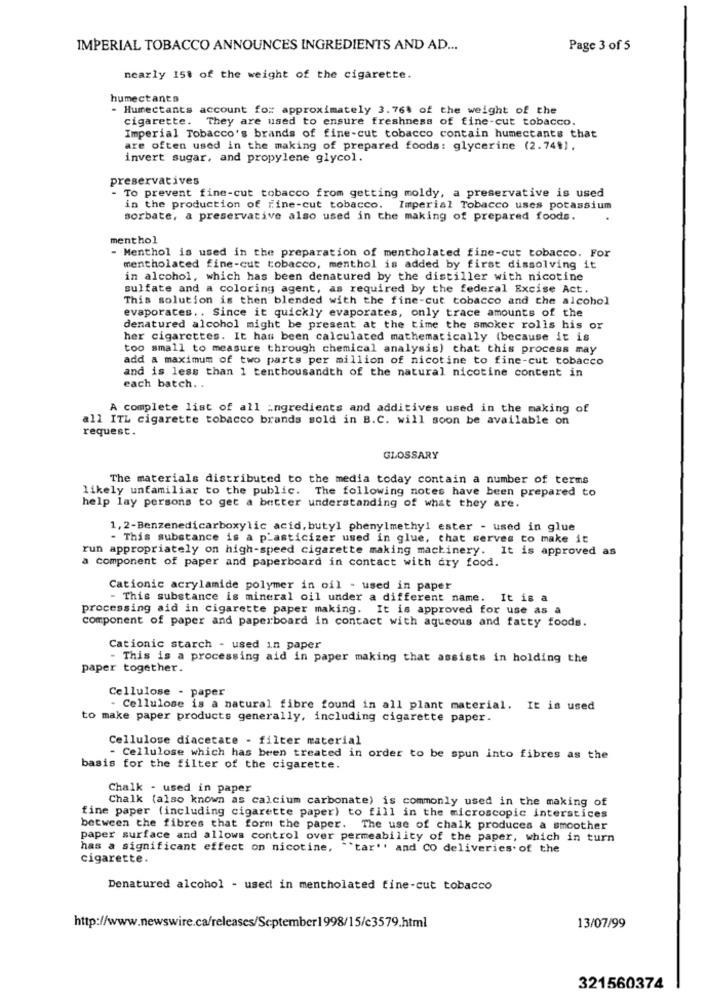
IMPERIAL TOBACCO ANNOUNCES INGREDIENTS AND AD ...
Page 3 of 5
nearly 158 of the weight of the cigarette.
humectants
- Humectants account for approximately 3.764 of the weight of the
cigarette. They are used to ensure freshness of fine-cut tobacco.
Imperial Tobacco's brands of fine-cut tobacco contain humectants that
are often used in the making of prepared foods: glycerine (2.74%).
invert sugar, and propylene glycol.
preservatives
- To prevent fine-cut tobacco from getting moldy, a preservative is used
in the production of fine-cut tobacco. Imperial Tobacco uses potassium
sorbate, a preservative also used in the making of prepared foods.
menthol
- Menthol is used in the preparation of mentholated fine-cut tobacco. For
mentholated fine-cut tobacco, menthol is added by first dissolving it
in alcohol, which has been denatured by the distiller with nicotine
sulfate and a coloring agent, as required by the federal Excise Act.
This solution is then blended with the fine-cut tobacco and the alcohol
evaporates .. Since it quickly evaporates, only trace amounts of the
denatured alcohol might be present at the time the smoker rolls his or
her cigarettes. It has been calculated mathematically (because it is
too small to measure through chemical analysis) that this process may
add a maximum of two parts per million of nicotine to fine-cut tobacco
and is less than 1 tenthousandth of the natural nicotine content in
each batch ..
A complete list of all ingredients and additives used in the making of
all ITL cigarette tobacco brands sold in B.C. will soon be available on
request.
GLOSSARY
The materials distributed to the media today contain a number of terms
likely unfamiliar to the public. The following notes have been prepared to
help lay persons to get a better understanding of what they are.
1, 2-Benzenedicarboxylic acid, butyl phenylmethyl ester - used in glue
- This substance is a p'asticizer used in glue, that serves to make it
run appropriately on high-speed cigarette making machinery. It is approved as
a component of paper and paperboard in contact with dry food.
Cationic acrylamide polymer in oil - used in paper
- This substance is mineral oil under a different name. It is a
processing aid in cigarette paper making. It is approved for use as a
component of paper and paperboard in contact with aqueous and fatty foods.
Cationic starch - used in paper
- This is a processing aid in paper making that assists in holding the
paper together.
Cellulose - paper
- Cellulose is a natural fibre found in all plant material. It is used
to make paper products generally, including cigarette paper.
Cellulose diacetate - filter material
- Cellulose which has been treated in order to be spun into fibres as the
basis for the filter of the cigarette.
Chalk - used in paper
Chalk (also known as calcium carbonate) is commonly used in the making of
fine paper (including cigarette paper) to fill in the microscopic interstices
between the fibres that form the paper. The use of chalk produces a smoother
paper surface and allows control over permeability of the paper, which in turn
has a significant effect on nicotine, ""tar'' and CO deliveries. of the
cigarette.
Denatured alcohol - used in mentholated fine-cut tobacco
http://www.newswire.ca/releases/September1998/15/c3579.html
13/07/99
321560374